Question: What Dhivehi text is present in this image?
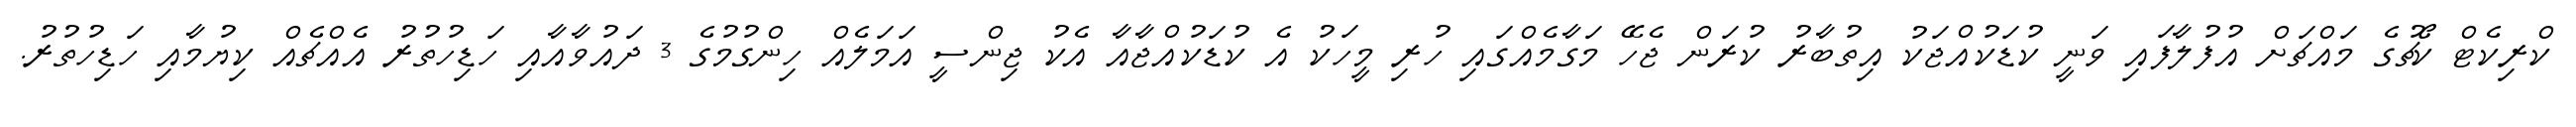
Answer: ކްރިކެޓް ކޯޗުގެ މައްޗަށް އުފުލާފައި ވަނީ ކުޑަކުއްޖަކު އިތުބާރު ކުރަން ޖެހޭ މަގާމެއްގައި ހުރި މީހަކު އެ ކުޑަކުއްޖާއާ އެކު ޖިންސީ އަމަލެއް ހިންގުމުގެ 3 ދައުވާއާއި ހަޑިހުތުރު އެއްޗެއް ކިޔުމާއި ހަޑިހުތުރު.